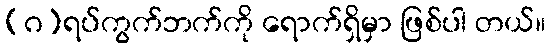
(ဂ)ရပ်ကွက်ဘက်ကို ရောက်ရှိမှာ ဖြစ်ပါ တယ်။